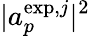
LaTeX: |a_{p}^{\mathrm{exp},j}|^{2}